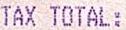
TAX TOTAL: